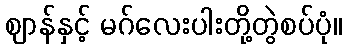
ဈာန်နှင့် မဂ်လေးပါးတို့တွဲစပ်ပုံ။